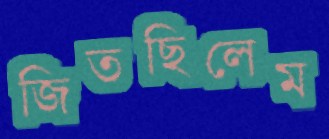
জিতছিলেম